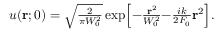
\begin{array} { r } { u ( \mathbf { r } ; 0 ) = \sqrt { \frac { 2 } { \pi W _ { 0 } ^ { 2 } } } \exp \Bigl [ - \frac { \mathbf { r } ^ { 2 } } { W _ { 0 } ^ { 2 } } { - } \frac { i k } { 2 F _ { 0 } } \mathbf { r } ^ { 2 } \Bigr ] . } \end{array}